Scottish Leaving Certificate Examination, 1958
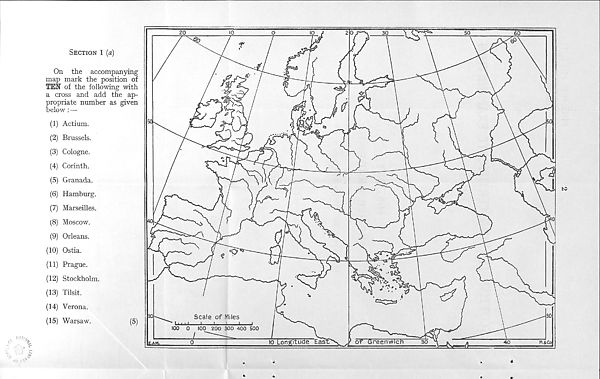
%■]
‘ • 1 / /o
Section 1 (a)
On the accompanying
map mark the position of
TEN of the following with
a cross and add the ap-
propriate number as given
below : —
(1) Actium.
(2) Brussels.
(3) Cologne.
(4) Corinth.
(5) Granada.
(6) Hamburg.
(7) Marseilles.
(8) Moscow.
(9) Orleans.
(10) Ostia.
(11) Prague.
(12) Stockholm.
(13) Tilsit.
(14) Verona.
(15) Warsaw.
(5)
to